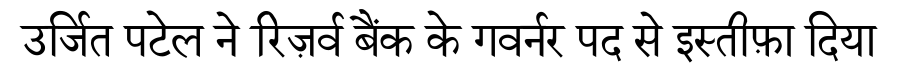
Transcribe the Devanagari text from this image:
उर्जित पटेल ने रिज़र्व बैंक के गवर्नर पद से इस्तीफ़ा दिया